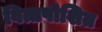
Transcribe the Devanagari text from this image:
वित्तपोशित